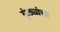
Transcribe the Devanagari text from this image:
गुंठ्यांचा